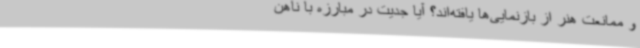
و ممانعت هنر از بازنمایی‌ها یافته‌اند؟ آیا جدیت در مبارزه با ناهن